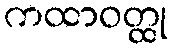
ကထာဝတ္ထု